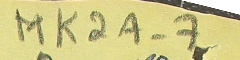
MK2A-7